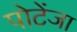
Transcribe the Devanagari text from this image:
पोटेंजा